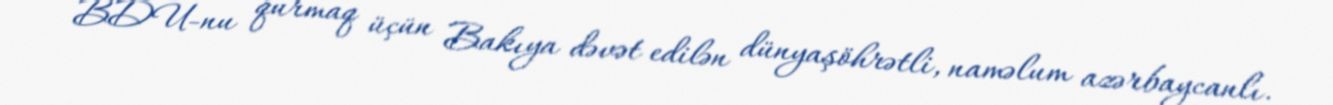
BDU-nu qurmaq üçün Bakıya dəvət edilən dünyaşöhrətli, naməlum azərbaycanlı.